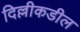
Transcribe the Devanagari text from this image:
दिल्लीकडील